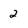
Character: 2